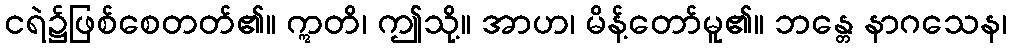
ငရဲ၌ဖြစ်စေတတ်၏။ ဣတိ၊ ဤသို့။ အာဟ၊ မိန့်တော်မူ၏။ ဘန္တေ နာဂသေန၊